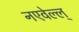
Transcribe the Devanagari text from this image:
नएवेल्ल्